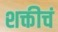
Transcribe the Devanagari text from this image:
शक्तीचं